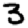
Digit: 3